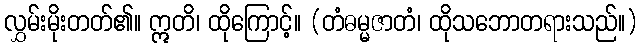
လွှမ်းမိုးတတ်၏။ ဣတိ၊ ထိုကြောင့်။ (တံဓမ္မဇာတံ၊ ထိုသဘောတရားသည်။)